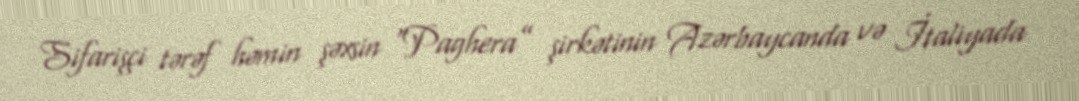
Sifarişçi tərəf həmin şəxsin “Paghera” şirkətinin Azərbaycanda və İtaliyada